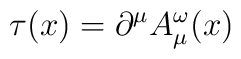
\tau (x) =  \partial^{\mu}A_{\mu}^{\omega}(x)